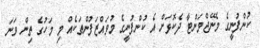
ކުންފުނީގެ މެނޭޖްމަންޓާ ދެކޮޅަށް އެ ކުންފުނީގެ މުވައްޒަފުންތަކެއް މި މަހުގެ ތިން ވަނަ